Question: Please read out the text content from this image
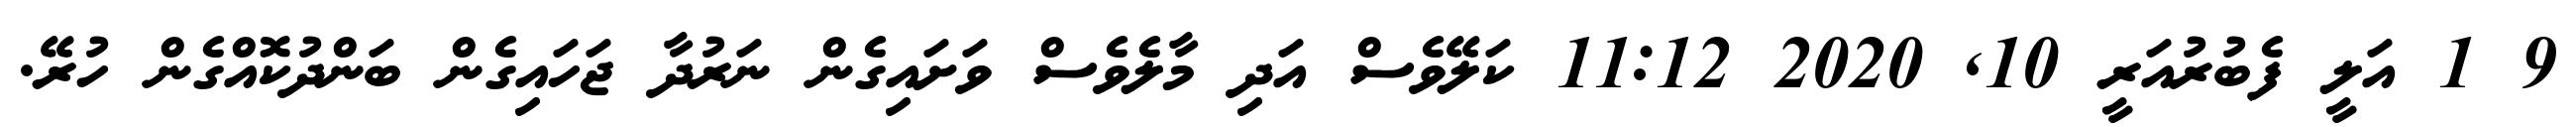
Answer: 9 1 އަލީ ފެބުރުއަރީ 10, 2020 11:12 ކަލޭވެސް އަދި މާލެވެސް ވަށައިގެން ނަރުދާ ޖަހައިގެން ބަންދުކޮއްގެން ހުރޭ.